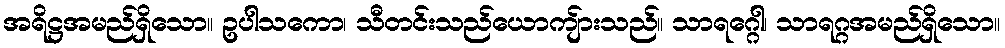
အရိဋ္ဌအမည်ရှိသော။ ဥပါသကော၊ သီတင်းသည်ယောကျ်ားသည်။ သာရဂ္ဂေါ၊ သာရဂ္ဂအမည်ရှိသော။